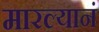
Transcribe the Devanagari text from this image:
मारल्यानं